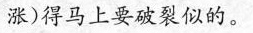
涨)得马上要破裂似的。